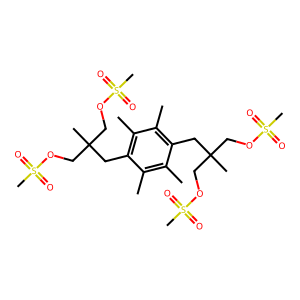
SMILES: Cc1c(C)c(CC(C)(COS(C)(=O)=O)COS(C)(=O)=O)c(C)c(C)c1CC(C)(COS(C)(=O)=O)COS(C)(=O)=O
Inhibits HIV replication: No